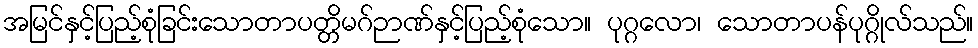
အမြင်နှင့်ပြည့်စုံခြင်းသောတာပတ္တိမဂ်ဉာဏ်နှင့်ပြည့်စုံသော။ ပုဂ္ဂလော၊ သောတာပန်ပုဂ္ဂိုလ်သည်။